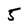
Character: 5